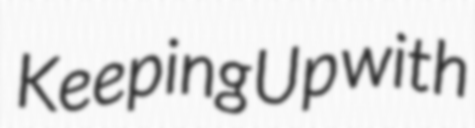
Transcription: Keeping Up with